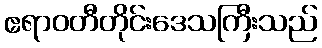
ဧရာဝတီတိုင်းဒေသကြီးသည်